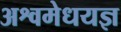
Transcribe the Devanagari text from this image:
अश्वमेधयज्ञ